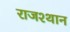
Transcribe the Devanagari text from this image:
राजश्थान